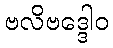
ဗလိဗဒ္ဒေါဝ